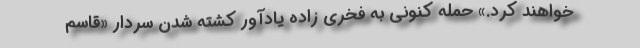
خواهند کرد.» حمله کنونی به فخری زاده یادآور کشته شدن سردار «قاسم